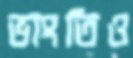
ভাংতিও